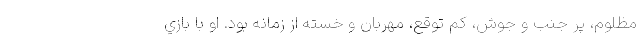
مظلوم، پر جنب و جوش، كم توقع، مهربان و خسته از زمانه بود. او با بازي